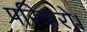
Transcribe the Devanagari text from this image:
परिकरो।